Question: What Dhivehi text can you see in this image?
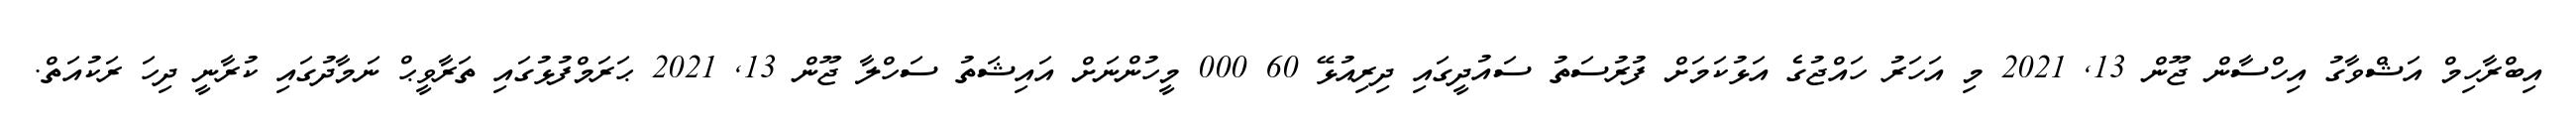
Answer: އިބްރާހިމް އަޝްވާގު އިހްސާން ޖޫން 13, 2021 މި އަހަރު ހައްޖުގެ އަޅުކަމަށް ފުރުސަތު ސައުދީގައި ދިރިއުޅޭ 60 000 މީހުންނަށް އައިޝަތު ސަހްލާ ޖޫން 13, 2021 ޙަރަމްފުޅުގައި ތަރާވީޙް ނަމާދުގައި ކުރާނީ ދިހަ ރަކުއަތް.